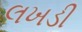
લખડી